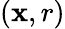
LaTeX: (\mathbf{x},r)